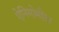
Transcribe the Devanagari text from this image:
ऐनिमोमीटर